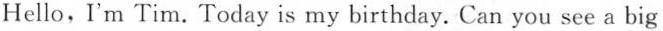
Hello, I'm Tim. Today is my birthday. Can you see a big